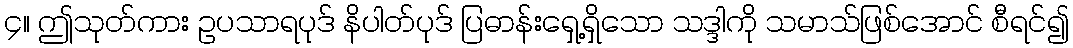
၄။ ဤသုတ်ကား ဥပသာရပုဒ် နိပါတ်ပုဒ် ပြဓာန်းရှေ့ရှိသော သဒ္ဒါကို သမာသ်ဖြစ်အောင် စီရင်၍